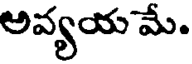
అవ్యయ మే.